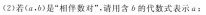
（2）若(a，b)是”相伴数对”，请用含b的代数式表示a；